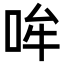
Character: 哞